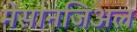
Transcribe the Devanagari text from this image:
मेसानजिअल